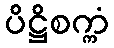
ပိဋ္ဌိစက္ကံ